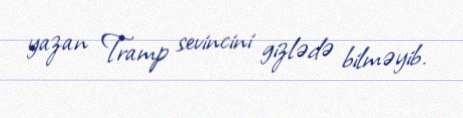
yazan Tramp sevincini gizlədə bilməyib.